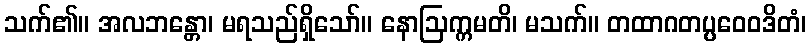
သက်၏။ အလဘန္တော၊ မရသည်ရှိသော်။ နောဩက္ကမတိ၊ မသက်။ တထာဂတပ္ပဝေဝဒိတံ၊